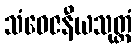
သံဝေဇနီယသုတ္တံ